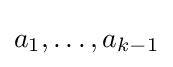
a_{1},\ldots ,a_{k-1}